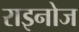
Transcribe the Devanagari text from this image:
राइनोज